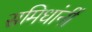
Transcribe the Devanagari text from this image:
समिधांनीं